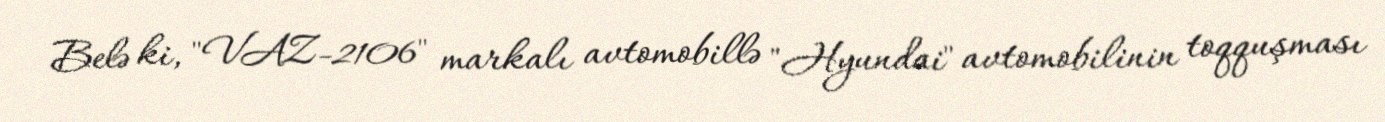
Belə ki, "VAZ-2106" markalı avtomobillə "Hyundai" avtomobilinin toqquşması